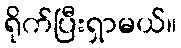
ရိုက်ပြီးရှာမယ်။